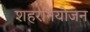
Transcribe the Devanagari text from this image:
शहरनियोजन